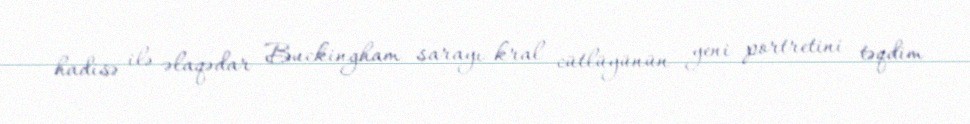
hadisə ilə əlaqədar Buckingham sarayı kral cütlüyünün yeni portretini təqdim